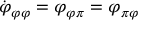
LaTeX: \dot { \varphi } _ { \varphi \varphi } = \varphi _ { \varphi \pi } = \varphi _ { \pi \varphi }